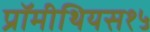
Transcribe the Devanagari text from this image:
प्रॉमीथियस१५